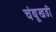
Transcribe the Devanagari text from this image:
चंबूखडी